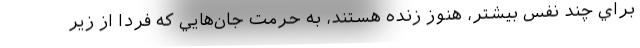
براي چند نفس بيشتر، هنوز زنده هستند، به حرمت جان‌هايي كه فردا از زير